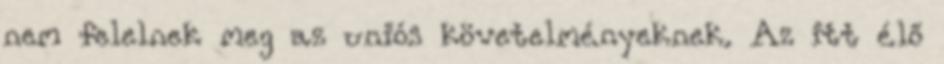
nem felelnek meg az uniós követelményeknek. Az itt élő